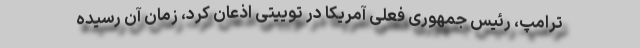
ترامپ، رئیس جمهوری فعلی آمریکا در توییتی اذعان کرد، زمان آن رسیده